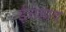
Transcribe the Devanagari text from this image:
ईत्तेहाद